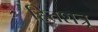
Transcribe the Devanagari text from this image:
हितशत्रू